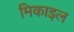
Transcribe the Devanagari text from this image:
मिकाइल